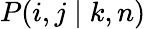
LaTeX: P(i,j\mid k,n)